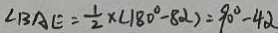
\angle B A E = \frac { 1 } { 2 } \times ( 1 8 0 ^ { \circ } - 8 \alpha ) = 9 0 ^ { \circ } - 4 \alpha